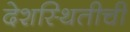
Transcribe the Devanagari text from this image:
देशस्थितीची